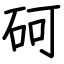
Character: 砢